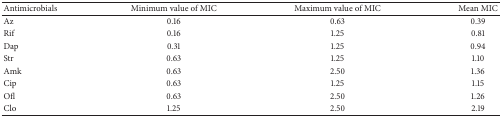
| Antimicrobials | Minimum value of MIC | Maximum value of MIC | Mean MIC |
 | --- | --- | --- | --- |
 | Az | 0.16 | 0.63 | 0.39 |
 | Rif | 0.16 | 1.25 | 0.81 |
 | Dap | 0.31 | 1.25 | 0.94 |
 | Str | 0.63 | 1.25 | 1.10 |
 | Amk | 0.63 | 2.50 | 1.36 |
 | Cip | 0.63 | 1.25 | 1.15 |
 | Ofl | 0.63 | 2.50 | 1.26 |
 | Clo | 1.25 | 2.50 | 2.19 |